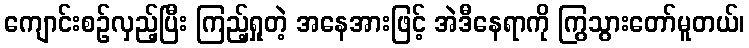
ကျောင်းစဉ်လှည့်ပြီး ကြည့်ရှုတဲ့ အနေအားဖြင့် အဲဒီနေရာကို ကြွသွားတော်မူတယ်၊